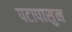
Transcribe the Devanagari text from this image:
पटापासुन